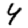
Digit: 4